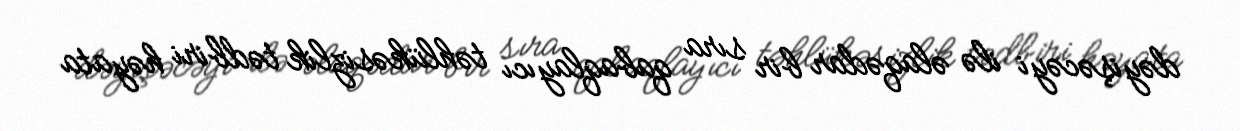
dəyişəcəyi ilə əlaqədar bir sıra qabaqlayıcı təhlükəsizlik tədbiri həyata